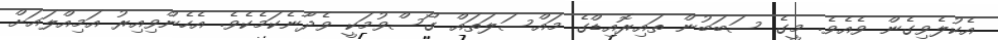
އެކުލެވިގެން ވެއެވެ. މީގެ ސަބަބުން ތައިރޮއިޑްގެ މައްސަލަތައް ގޯސްވުމަކީ ވެދާނެކަމެކެވެ. އެހެންވިއިރު އަމިއްލައަށް